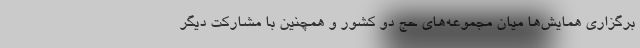
برگزاری همایش‌ها میان مجموعه‌های حج دو کشور و همچنین با مشارکت دیگر